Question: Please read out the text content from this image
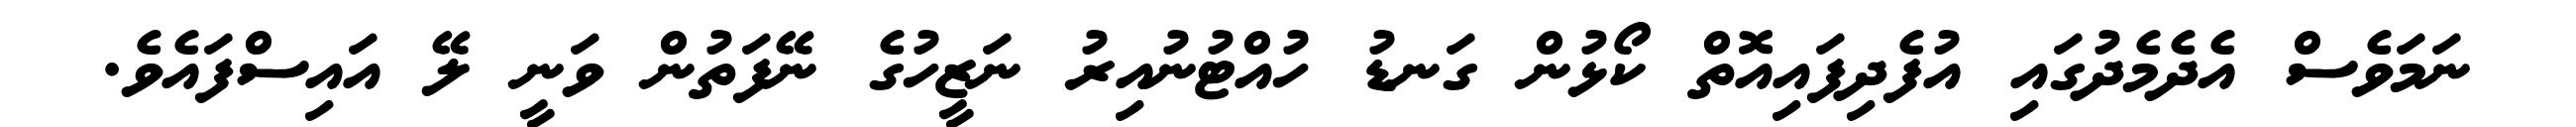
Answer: ނަމަވެސް އެދެމެދުގައި އުފެދިފައިއޮތް ކޯޅުން ގަނޑު ހުއްޓުނުއިރު ނަޒީހުގެ ނޭފަތުން ވަނީ ލޭ އައިސްފައެވެ.